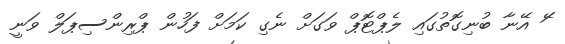
ަޭ އޭނާ ބުނިގޮތުގައި ލެޕްޓޮޕް ވަގަށް ނެގި ކަމަށް ފަހުން ޕްރިންސިޕަލް ވަނީ